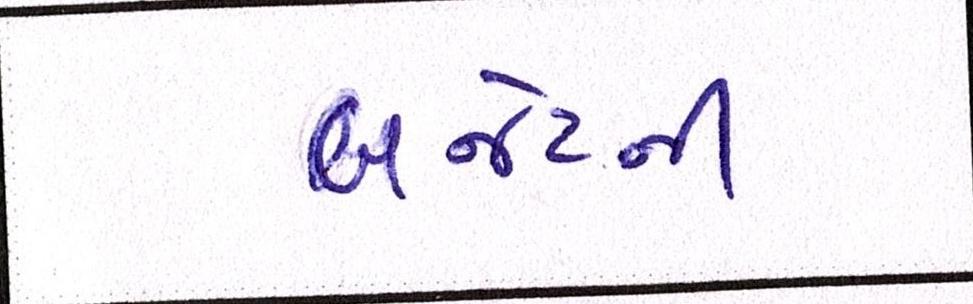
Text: બજેટની